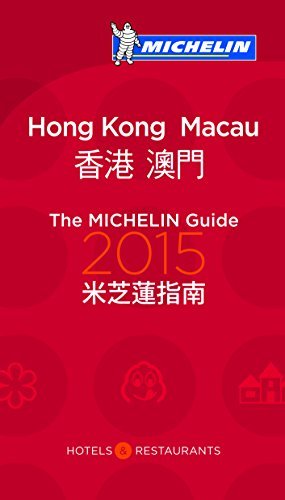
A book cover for By Michelin MICHELIN Guide Hong Kong & Macau 2015: Descriptions for Every Restaurant and Hotel (Michelin Guide/M (7th Edition) [Paperback]; Travel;